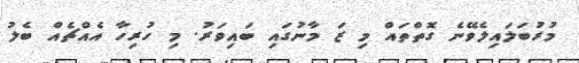
މުރުބަލައިލެވޭނެ ގޮތްތައް މި ޒަ މާނުގައި ބައިވަރު. މި ހުރިހާ އެއްޗެއް ބެލު